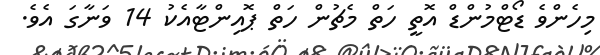
މިހެންވެ ޑޯޓްމުންޑް އޮތީ ހަތް މެޗުން ހަތް ޕޮއިންޓާއެކު 14 ވަނާގަ އެވެ.